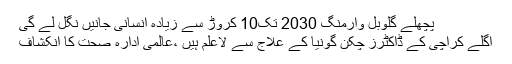
پچھلے گلوبل وارمنگ 2030 تک10 کروڑ سے زیادہ انسانی جانیں نگل لے گی
اگلے کراچی کے ڈاکٹرز چکن گونیا کے علاج سے لاعلم ہیں ،عالمی ادارہ صحت کا انکشاف